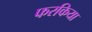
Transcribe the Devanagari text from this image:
फरकिया